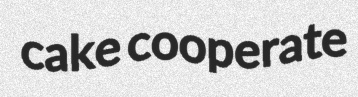
cake cooperate